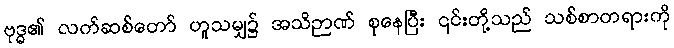
ဗုဒ္ဓ၏ လက်ဆစ်တော် ဟူသမျှ၌ အသိဉာဏ် စုနေပြီး ၎င်းတို့သည် သစ်စာတရားကို